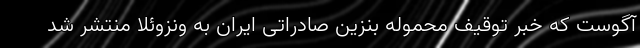
آگوست که خبر توقیف محموله بنزین صادراتی ایران به ونزوئلا منتشر شد